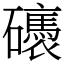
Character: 䃵